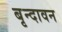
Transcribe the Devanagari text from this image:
बृन्दावन